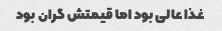
غذا عالی بود اما قیمتش گران بود